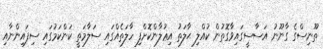
ތޫނިސްގެ ގާނޫނު އަސާސީގައިވާގޮތުން ކުއްލި ޙާލަތު އިޢުލާންކޮށްފި ހާލަތެއްގައި ސަލާމަތީ ކަންކަމުގައި ސިފައިންނާއި